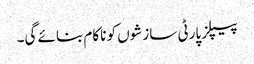
پیپلز پارٹی سازشوں کو ناکام بنائے گی۔